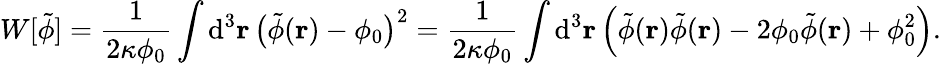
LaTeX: W[\tilde{\phi}]=\frac{1}{2\kappa\phi_{0}}\int\mathrm{d}^{3}\mathbf{r}\, \big(\tilde{\phi}(\mathbf{r})-\phi_{0}\big)^{2}=\frac{1}{2\kappa\phi_{0}}\int\mathrm{d}^{3}\mathbf{r}\, \Big(\tilde{\phi}(\mathbf{r})\tilde{\phi}(\mathbf{r})-2\phi_{0}\tilde{\phi}(\mathbf{r})+\phi_{0}^{2}\Big).